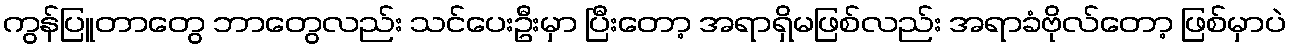
ကွန်ပြူတာတွေ ဘာတွေလည်း သင်ပေးဦးမှာ ပြီးတော့ အရာရှိမဖြစ်လည်း အရာခံဗိုလ်တော့ ဖြစ်မှာပဲ